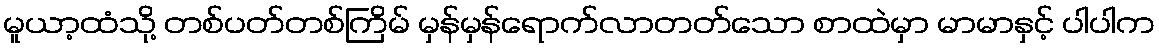
မူယာ့ထံသို့ တစ်ပတ်တစ်ကြိမ် မှန်မှန်ရောက်လာတတ်သော စာထဲမှာ မာမာနှင့် ပါပါက